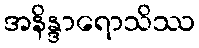
အနိန္ဒာရောသိဿ